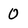
Character: 0